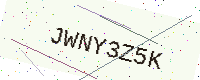
Text: JWNY3Z5K